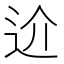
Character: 𨑸